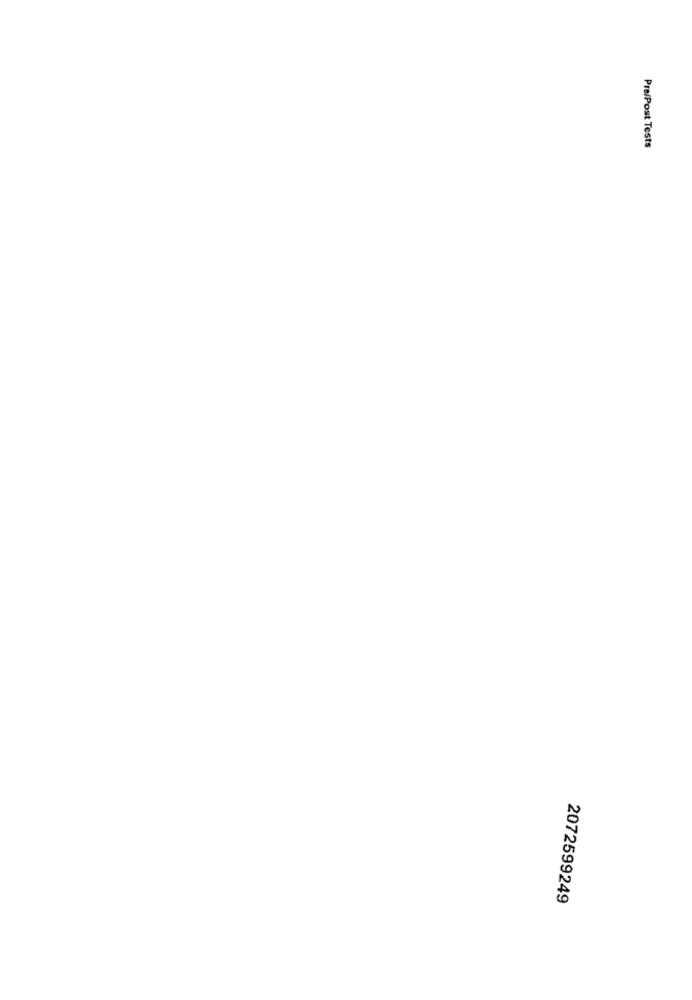
Pre/Post Tests
2072599249